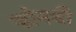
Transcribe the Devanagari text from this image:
ऱ्होनची